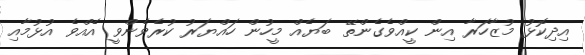
އިދިކޮޅު މުޒާހަރާ އިން ކީއްވެގެންތޭ ބަޔެއް މީހުން ހައްޔަރު ކުރެވެންވީ އެއްވެ އުޅުމާއި